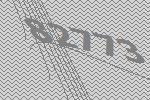
82773